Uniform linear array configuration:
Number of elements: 16
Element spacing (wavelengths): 0.75
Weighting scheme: hann
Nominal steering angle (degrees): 30
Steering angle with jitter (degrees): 30.329
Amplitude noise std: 0.05
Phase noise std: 0.05

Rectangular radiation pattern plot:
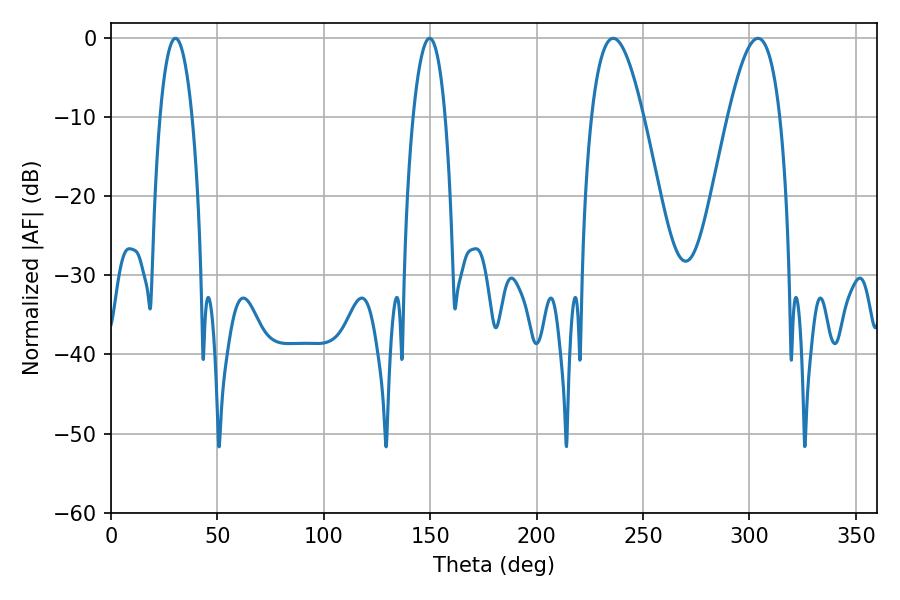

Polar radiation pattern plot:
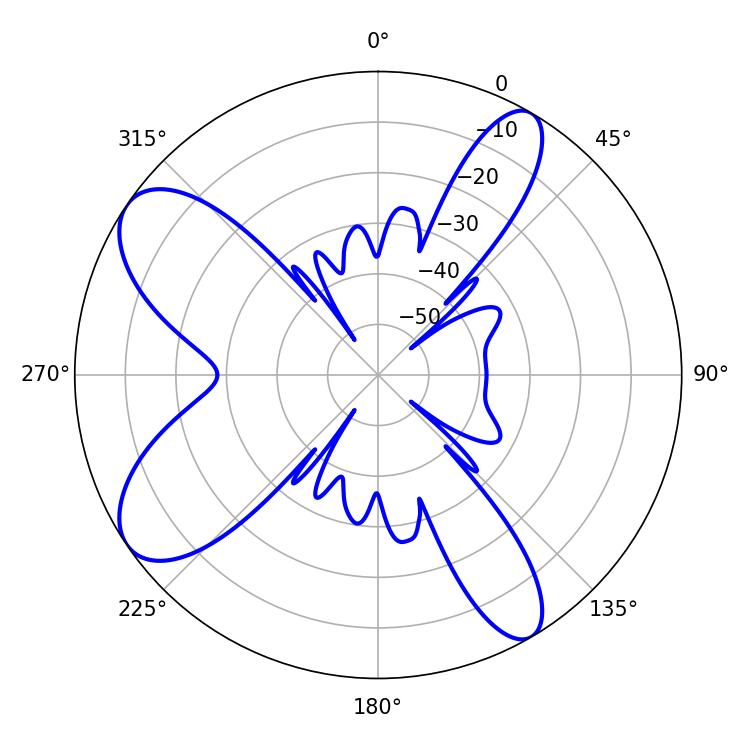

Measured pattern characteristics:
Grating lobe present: TRUE
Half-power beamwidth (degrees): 13.14
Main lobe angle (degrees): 235.98